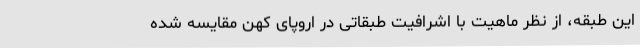
این طبقه، از نظر ماهیت با اشرافیت طبقاتی در اروپای کهن مقایسه شده